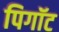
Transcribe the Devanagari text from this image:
पिगॉट